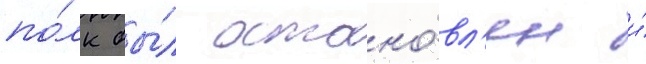
по́лк бы́л остано́вл'ен и́